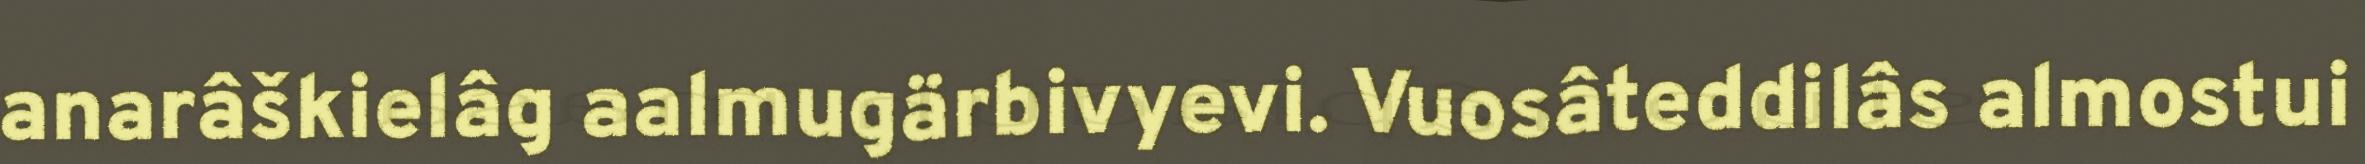
anarâškielâg aalmugärbivyevi. Vuosâteddilâs almostui